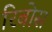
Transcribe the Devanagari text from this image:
रिबोस